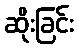
ဆိုးခြင်း